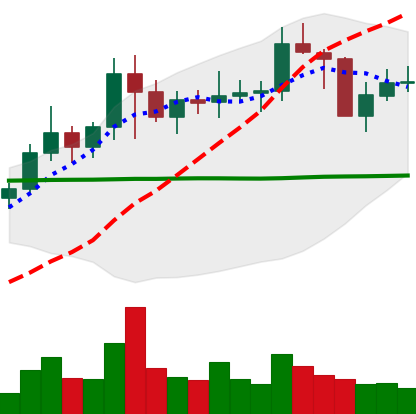
Ticker: NEO-USD
Chart end date: 2021-01-24
Forward return: -7.455%
Label: down_7plus